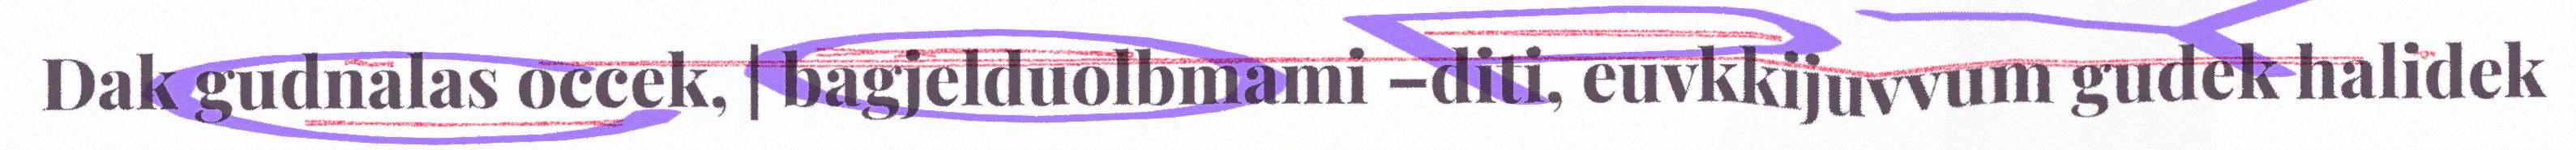
Dak gudnalas occek, | bagjelduolbmami –diti, euvkkijuvvum gudek halidek